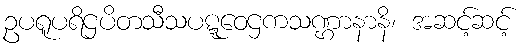
ဥပရူပရိဌပိတသီသပဋ္ဋဝေဌကသဏ္ဌာနာနိ၊ အဆင့်ဆင့်